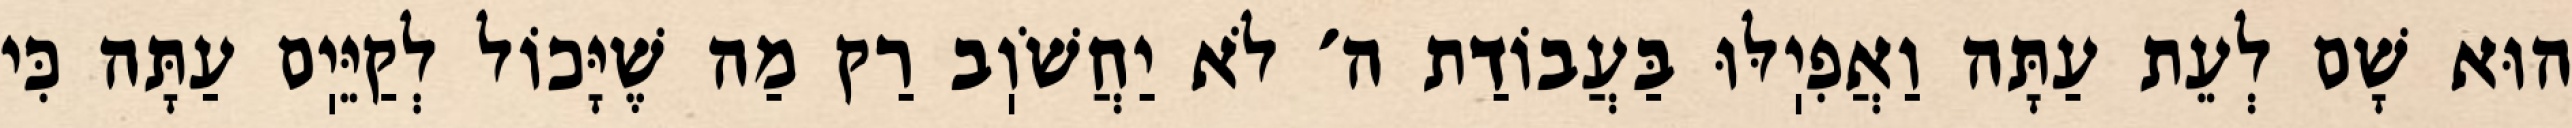
הוּא שָׁם לְעֵת עַתָּה וַאֲפִיֽלּוּ בַּעֲבוֹדַת ה׳ לֹא יַחֲשֹׁוֽב רַק מַה שֶׁיָּכוֹל לְקַיֵּיֽם עַתָּה כִּי